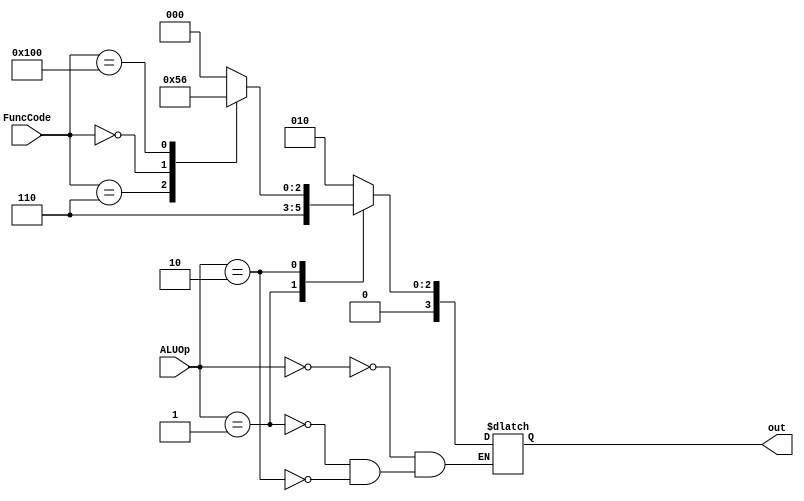
`timescale 1ns / 1ps
//////////////////////////////////////////////////////////////////////////////////
// Company: 
// Engineer: 
// 
// Design Name: 
// Module Name: alu_ctrl
// Project Name: 
// Target Devices: 
// Tool Versions: 
// Description: 
// 
// Dependencies: 
// 
// Revision:
// Revision 0.01 - File Created
// Additional Comments:
// 
//////////////////////////////////////////////////////////////////////////////////

//This circuit should generate the alu control lines from the instruction input and output
//the ALUOp lines as appropriate in the diagram and tables above. The intention is to use
//a modification of the alu design from a previous project. The NOR functionality is not
//required for this project.

module alu_ctrl(
    input [1:0] ALUOp,
    input [9:0] FuncCode,
    output reg [3:0] out
    );
    
    // distinguishing andi addi?
    
    always @(*)
    case (ALUOp)
        2'd0: out <= 4'b0010; // lw sw
        2'd1: out <= 4'b0110; // beq
        2'd2:
            case (FuncCode)
                10'b0000000111: out <= 4'b0000; // AND
                10'b0000000110: out <= 4'b0001; // OR
                10'b0000000000: out <= 4'b0010; // ADD
                10'b0100000000: out <= 4'b0110; // SUBTRACT
                default:        out <= 4'b0000; // Default
            endcase
    endcase
endmodule